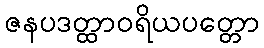
ဇနပဒတ္ထာဝရိယပတ္တော